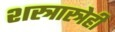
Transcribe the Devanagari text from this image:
शस्त्रास्त्रेही